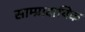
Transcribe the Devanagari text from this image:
साम्प्रादायिक